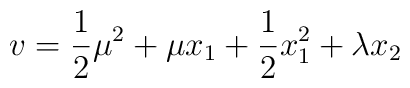
v = \frac{1}{2}\mu^2 +\mu x_1 +\frac{1}{2}x_1^2 + \lambda x_2